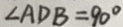
\angle A D B = 9 0 ^ { \circ }